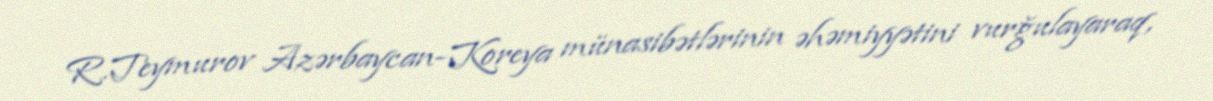
R.Teymurov Azərbaycan-Koreya münasibətlərinin əhəmiyyətini vurğulayaraq,